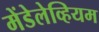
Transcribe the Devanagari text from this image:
मेंडेलेव्हियम